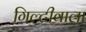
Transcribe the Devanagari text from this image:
गिल्टीवाला